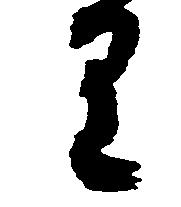
り